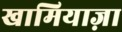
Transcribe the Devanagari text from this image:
खामियाज़ा